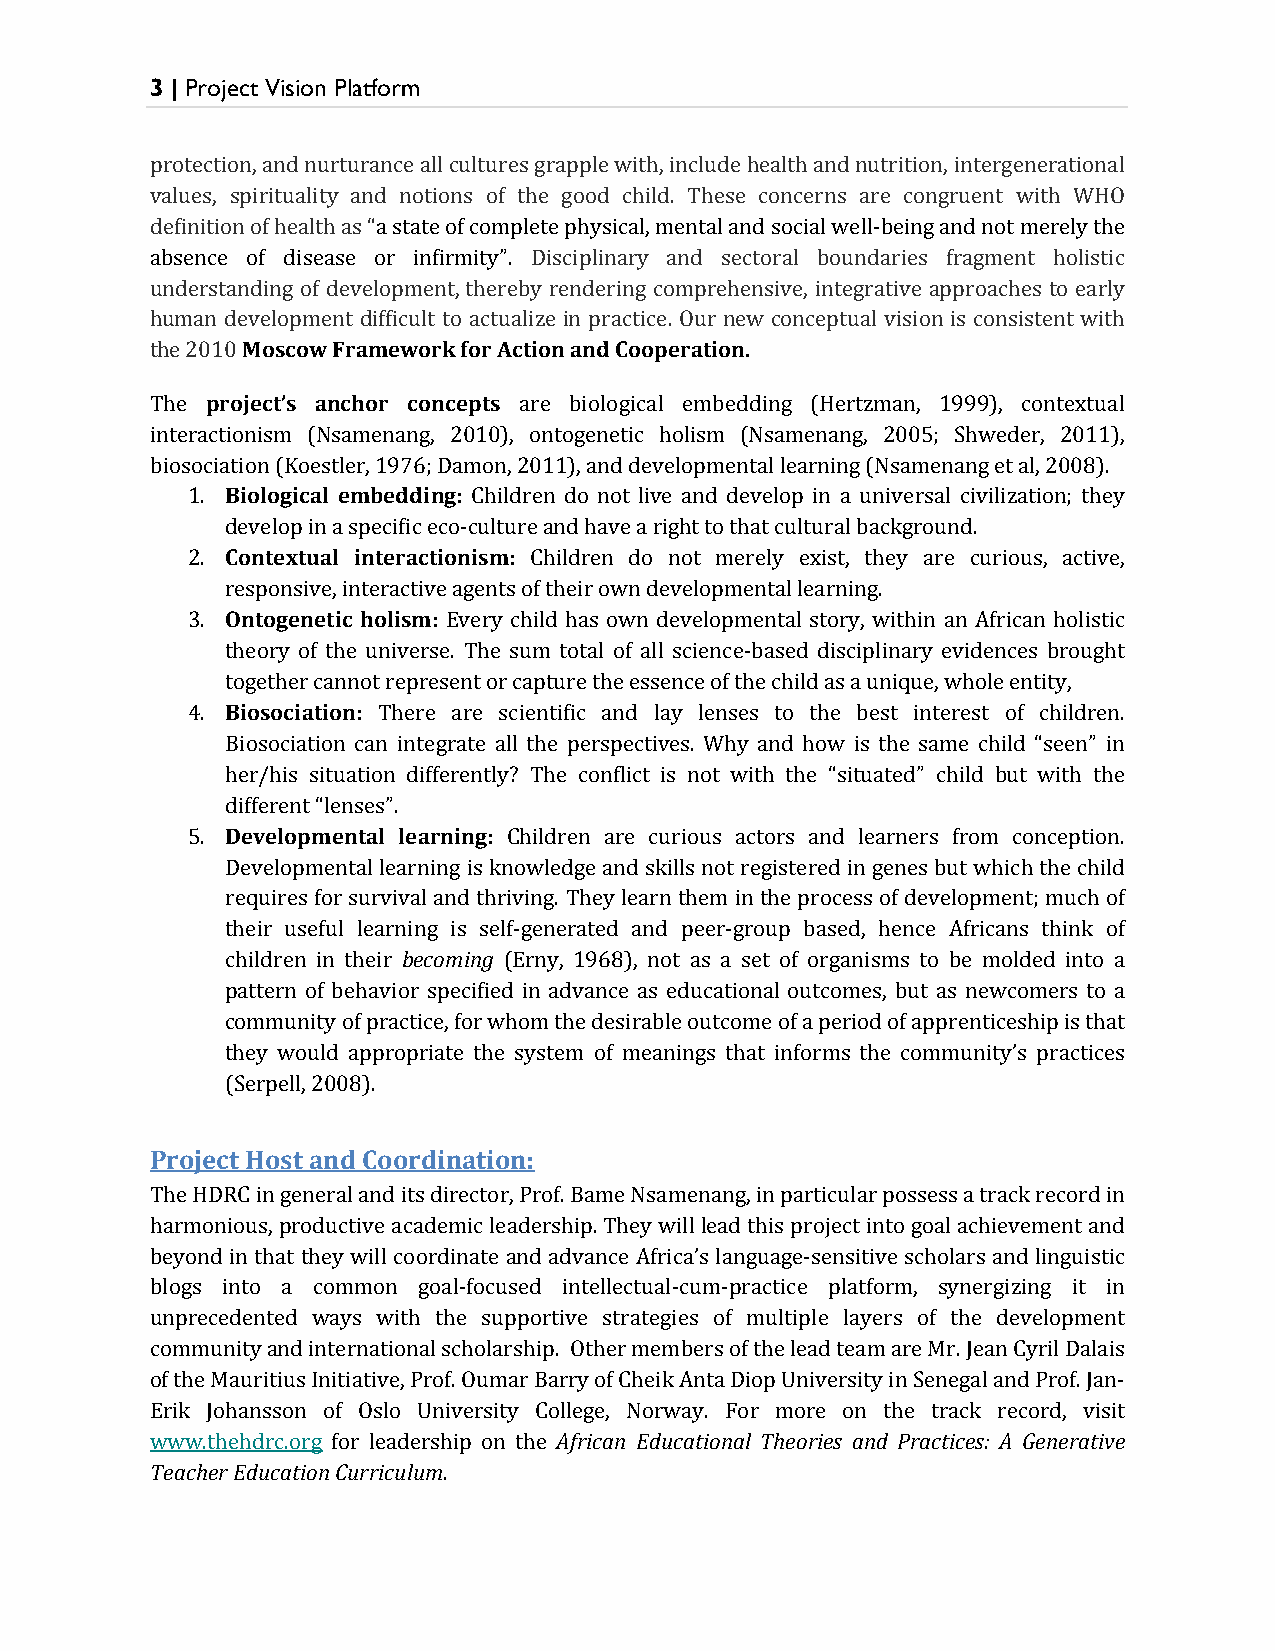
3 | Project Vision Platform
 protection, and nurturance all cultures grapple with, include health and nutrition, intergenerational
 values, spirituality and notions of the good child. These concerns are congruent with WHO
 definition of health as “a state of complete physical, mental and social well-being and not merely the
 absence of disease or infirmity”. Disciplinary and sectoral boundaries fragment holistic
 understanding of development, thereby rendering comprehensive, integrative approaches to early
 Moscow Framework for Action and Cooperation.
 human development difficult to actualize in practice. Our new conceptual vision is consistent with
 the 20p1r0o ject’s anchor concepts
 The                     are biological embedding (Hertzman, 1999), contextual
 interactionism (Nsamenang, 2010), ontogenetic holism (Nsamenang, 2005; Shweder, 2011),
 Biological embedding:
 biosociation (Koestler, 1976; Damon, 2011), and developmental learning (Nsamenang et al, 2008).
 1.                 Children do not live and develop in a universal civilization; they
 Contextual interactionism:
 develop in a specific eco-culture and have a right to that cultural background.
 2.                     Children do not merely exist, they are curious, active,
 Ontogenetic holism:
 responsive, interactive agents of their own developmental learning.
 3.                Every child has own developmental story, within an African holistic
 theory of the universe. The sum total of all science-based disciplinary evidences brought
 Biosociation:
 together cannot represent or capture the essence of the child as a unique, whole entity,
 4.           There are scientific and lay lenses to the best interest of children.
 Biosociation can integrate all the perspectives. Why and how is the same child “seen” in
 her/his situation differently? The conflict is not with the “situated” child but with the
 Developmental learning:
 different “lenses”.
 5.                    Children are curious actors and learners from conception.
 Developmental learning is knowledge and skills not registered in genes but which the child
 requires for survival and thriving. They learn them in the process of development; much of
 becoming
 their useful learning is self-generated and peer-group based, hence Africans think of
 children in their (Erny, 1968), not as a set of organisms to be molded into a
 pattern of behavior specified in advance as educational outcomes, but as newcomers to a
 community of practice, for whom the desirable outcome of a period of apprenticeship is that
 they would appropriate the system of meanings that informs the community’s practices
 (Serpell, 2008).
 Project Host and Coordination:
 The HDRC in general and its director, Prof. Bame Nsamenang, in particular possess a track record in
 harmonious, productive academic leadership. They will lead this project into goal achievement and
 beyond in that they will coordinate and advance Africa’s language-sensitive scholars and linguistic
 blogs into a common goal-focused intellectual-cum-practice platform, synergizing it in
 unprecedented ways with the supportive strategies of multiple layers of the development
 community and international scholarship. Other members of the lead team are Mr. Jean Cyril Dalais
 of the Mauritius Initiative, Prof. Oumar Barry of Cheik Anta Diop University in Senegal and Prof. Jan-
 African Educational Theories and Practices: A Generative
 Erik Johansson of Oslo University College, Norway. For more on the track record, visit
 Teacher Education Curriculum
 www.thehdrc.org for leadership on the
 .